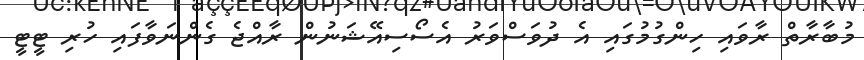
މުބާރާތް ރާވައި ހިންގުމުގައި އެ ދުވަސްވަރު އެސޯސިއޭޝަނުން ރާއްޖެ ގެންނަވާފައި ހުރި ޓީޓީ